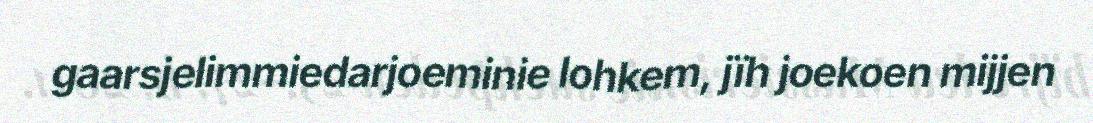
gaarsjelimmiedarjoeminie lohkem, jïh joekoen mijjen